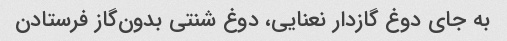
به جای دوغ گازدار نعنایی، دوغ شنتی بدون‌گاز فرستادن